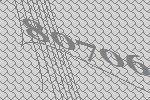
80706